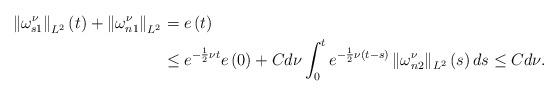
LaTeX: \begin{align*}\left\Vert \omega_{s1}^{\nu}\right\Vert _{L^{2}}\left( t\right) +\left\Vert\omega_{n1}^{\nu}\right\Vert _{L^{2}} & =e\left( t\right)\\& \leq e^{-\frac{1}{2}\nu t}e\left( 0\right) +Cd\nu\int_{0}^{t}e^{-\frac{1}{2}\nu\left( t-s\right) }\left\Vert \omega_{n2}^{\nu}\right\Vert _{L^{2}}\left( s\right) ds\leq Cd\nu.\end{align*}